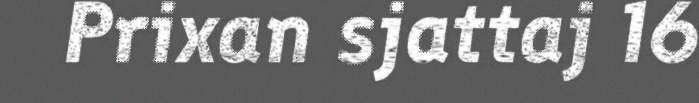
Prixan sjattaj 16